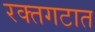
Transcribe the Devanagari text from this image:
रक्तगटात